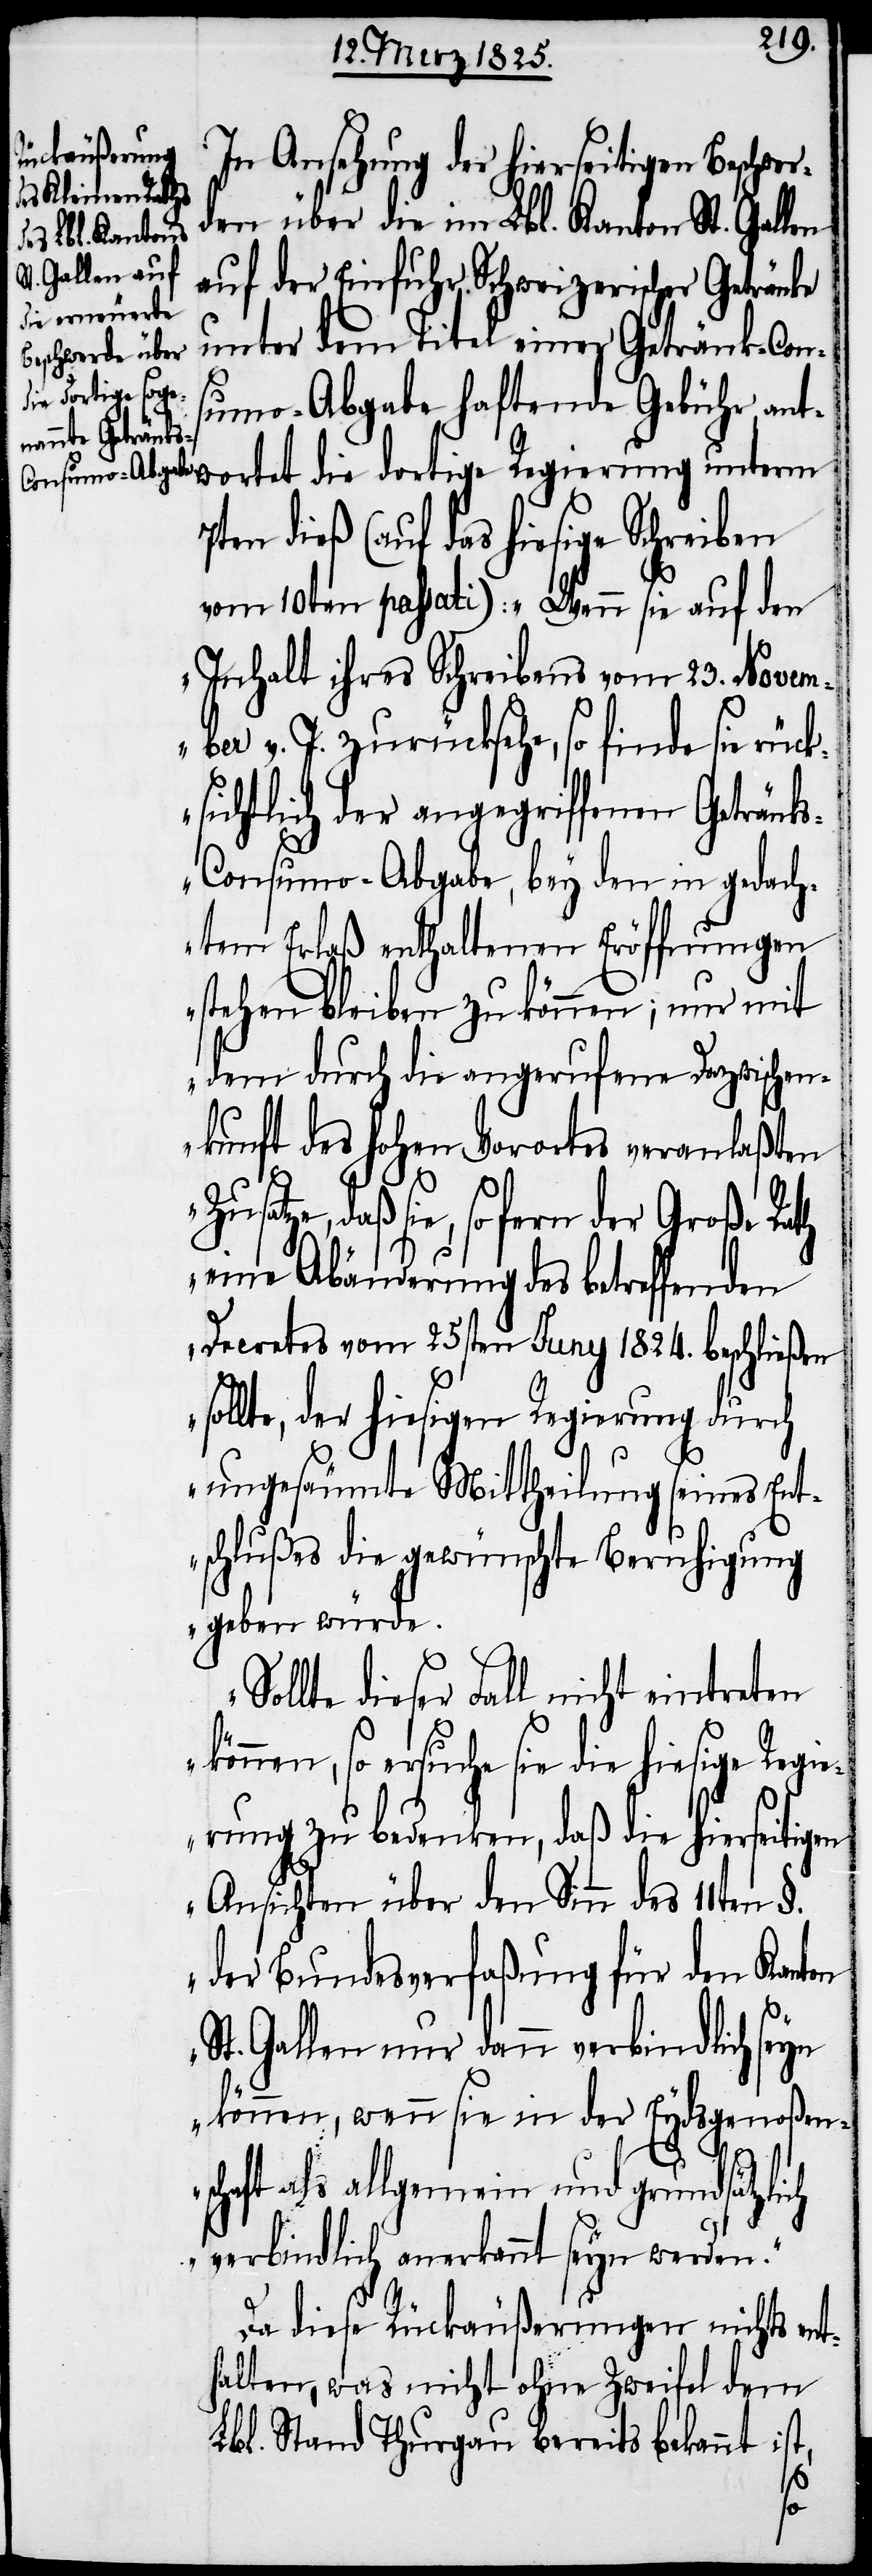
In Ansehung der hierseitigen Beschwe¬
rden über die im Lbl. Kanton St. Gallen
auf der Einfuhr Schweizerischer Getränke
unter dem Titel einer Getränk-Cons¬
umo-Abgabe haftende Gebühr, a¬
ntwortet die dortige Regierung unterm
7ten dieß (auf das hiesige Schreiben
vom 10ten passati): „Wenn sie auf den
Inhalt ihres Schreibens vom 23. Novem¬
ber v. J. zurücksehe, so finde sie rück¬
sichtlich der angegriffenen Getränk¬
s-Consumo-Abgabe, bey den in gedach¬
tem Erlaß enthaltenen Eröffnungen
stehen bleiben zu können; nur mit
dem durch die angerufene Dazwischen¬
kunft des hohen Vorortes veranlaßten
daß sie, so fern der Große Rath
eine Abänderung des betreffenden
Decretes vom 25sten Juny 1824. beschließen
sollte, der hiesigen Regierung durch
ungesäumte Mittheilung seines Ent¬
schlußes die gewünschte Beruhigung
geben würde.
Sollte dieser Fall nicht eintreten
können, so ersuche sie die hiesige Regi¬
erung zu bedenken, daß die hierseitigen
Ansichten über den Sinn des 11ten §.
der Bundesverfaßung für den Kanton
St. Gallen nur dann verbindlich seyn
können, wenn sie in der Eydsgenoßen¬
schaft als allgemein und grundsätzlich
verbindlich anerkannt seyn werden.“
Da diese Rückäußerungen nichts ent¬
halten, was nicht ohne Zweifel dem
Lbl. Stand Thurgau bereits bekannt ist,